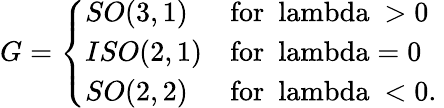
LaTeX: G=\left\{ \begin{array}{ll}{{SO(3,1)}}&{{\mathrm{for~\ lambda~>0~}}}\\ {{ISO(2,1)}}&{{\mathrm{for~\ lambda=0~}}}\\ {{SO(2,2)}}&{{\mathrm{for~\ lambda~<0.~}}}\end{array}\right.